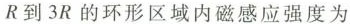
R到3R的环形区域内磁感应强度为